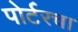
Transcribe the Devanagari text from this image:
पोर्टरचा